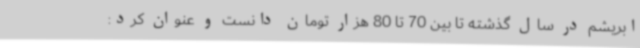
ابریشم در سال گذشته تا بین 70 تا 80 هزار تومان دانست و عنوان کرد: